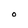
Character: O